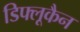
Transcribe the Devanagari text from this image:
डिफ्लूकैन